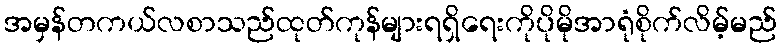
အမှန်တကယ်လစာသည်ထုတ်ကုန်များရရှိရေးကိုပိုမိုအာရုံစိုက်လိမ့်မည်